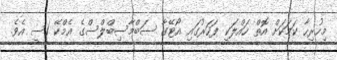
މިހުރިހާ ކަމަކަށް އޮތް ހައްލަކީ ފަހަރުގައި އޯޓޭގާ ސަބްމާސިބްލްސްގެ އެމްކޭ 1ސީ އެވެ.